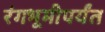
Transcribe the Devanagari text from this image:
रंगभूमीपर्यंत